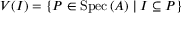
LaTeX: V ( I ) = \{ P \in \operatorname { S p e c } \, ( A ) \mid I \subseteq P \}